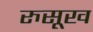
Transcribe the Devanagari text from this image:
रुसूख